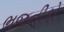
ભજનીકો